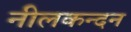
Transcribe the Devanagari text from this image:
नीलकन्दन